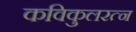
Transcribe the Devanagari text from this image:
कविकुलरत्न